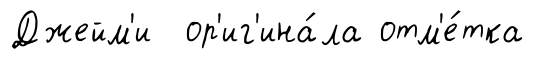
Джейм'и ор'иг'ина́ла отм'е́тка